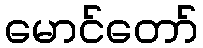
မောင်တော်